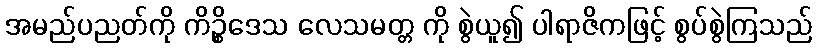
အမည်ပညတ်ကို ကိဉ္စိဒေသ လေသမတ္တ ကို စွဲယူ၍ ပါရာဇိကဖြင့် စွပ်စွဲကြသည်